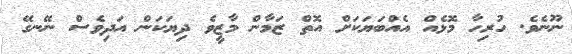
ނޫނެވެ. ހުރިހާ މޮޅެއް އެއްބަޔަކަށް އޮތް ޒަމާން މާޒީވެ ދިޔަކަން އަދިވެސް ނޭނގޭ